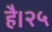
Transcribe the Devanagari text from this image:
है।२५